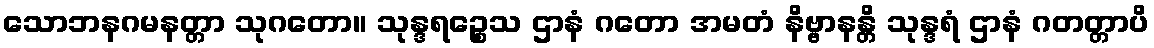
သောဘနဂမနတ္တာ သုဂတော။ သုန္ဒရဉ္စေသ ဌာနံ ဂတော အမတံ နိဗ္ဗာနန္တိ သုန္ဒရံ ဌာနံ ဂတတ္တာပိ